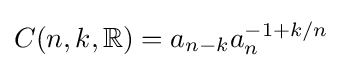
C(n,k,\mathbb {R} )=a_{n-k}a_{n}^{-1+k/n}~